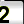
Digit: 2